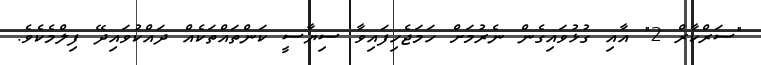
"ސަރްކާރް 2" އާއި ގުޅުވައިގެން ނެރުމަށް ހަމަޖެހިފައިވާ ސިޔާސީ ކަންތައްތަކެއް ދައްކުވައިދޭ ފިލްމެކެވެ.